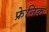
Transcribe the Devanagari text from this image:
फ्रेनिक